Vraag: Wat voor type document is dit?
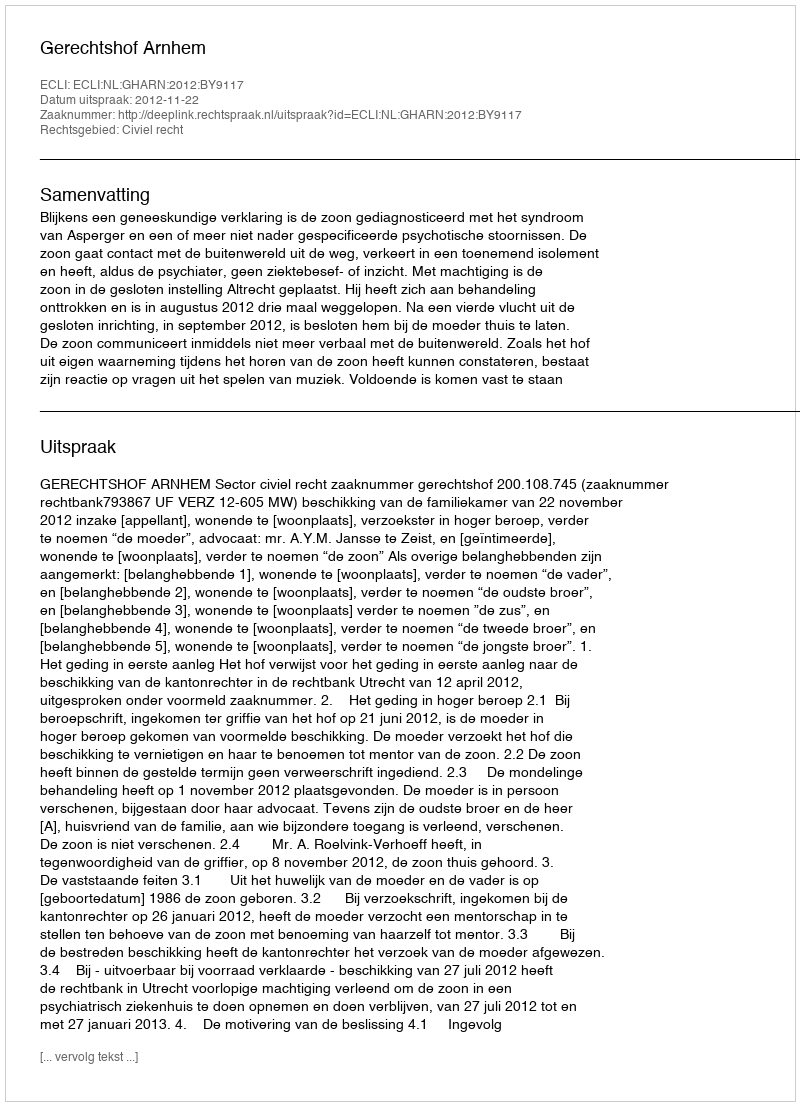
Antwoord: Uitspraak